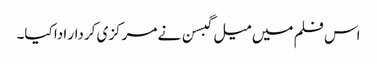
اس فلم میں میل گبسن نے مرکزی کردار ادا کیا۔